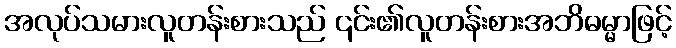
အလုပ်သမားလူတန်းစားသည် ၎င်း၏လူတန်းစားအဘိဓမ္မာဖြင့်